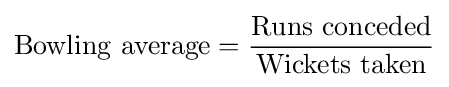
\mathrm {Bowling~average} ={\frac {\mathrm {Runs~conceded} }{\mathrm {Wickets~taken} }}